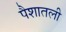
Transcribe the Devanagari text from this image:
पैशातली